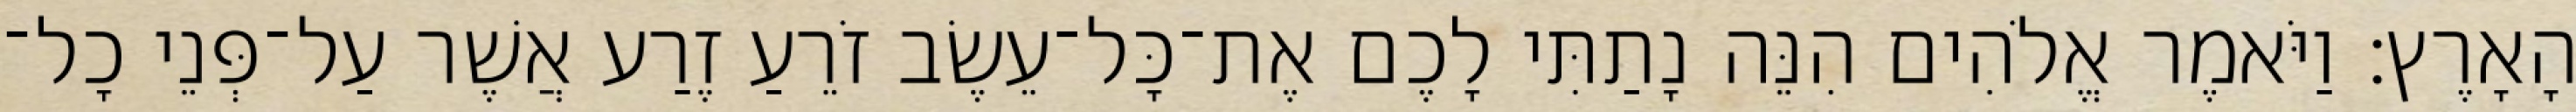
הָאָרֶץ׃ וַיֹּאמֶר אֱלֹהִים הִנֵּה נָתַתִּי לָכֶם אֶת־כָּל־עֵשֶׂב זֹרֵעַ זֶרַע אֲשֶׁר עַל־פְּנֵי כָל־